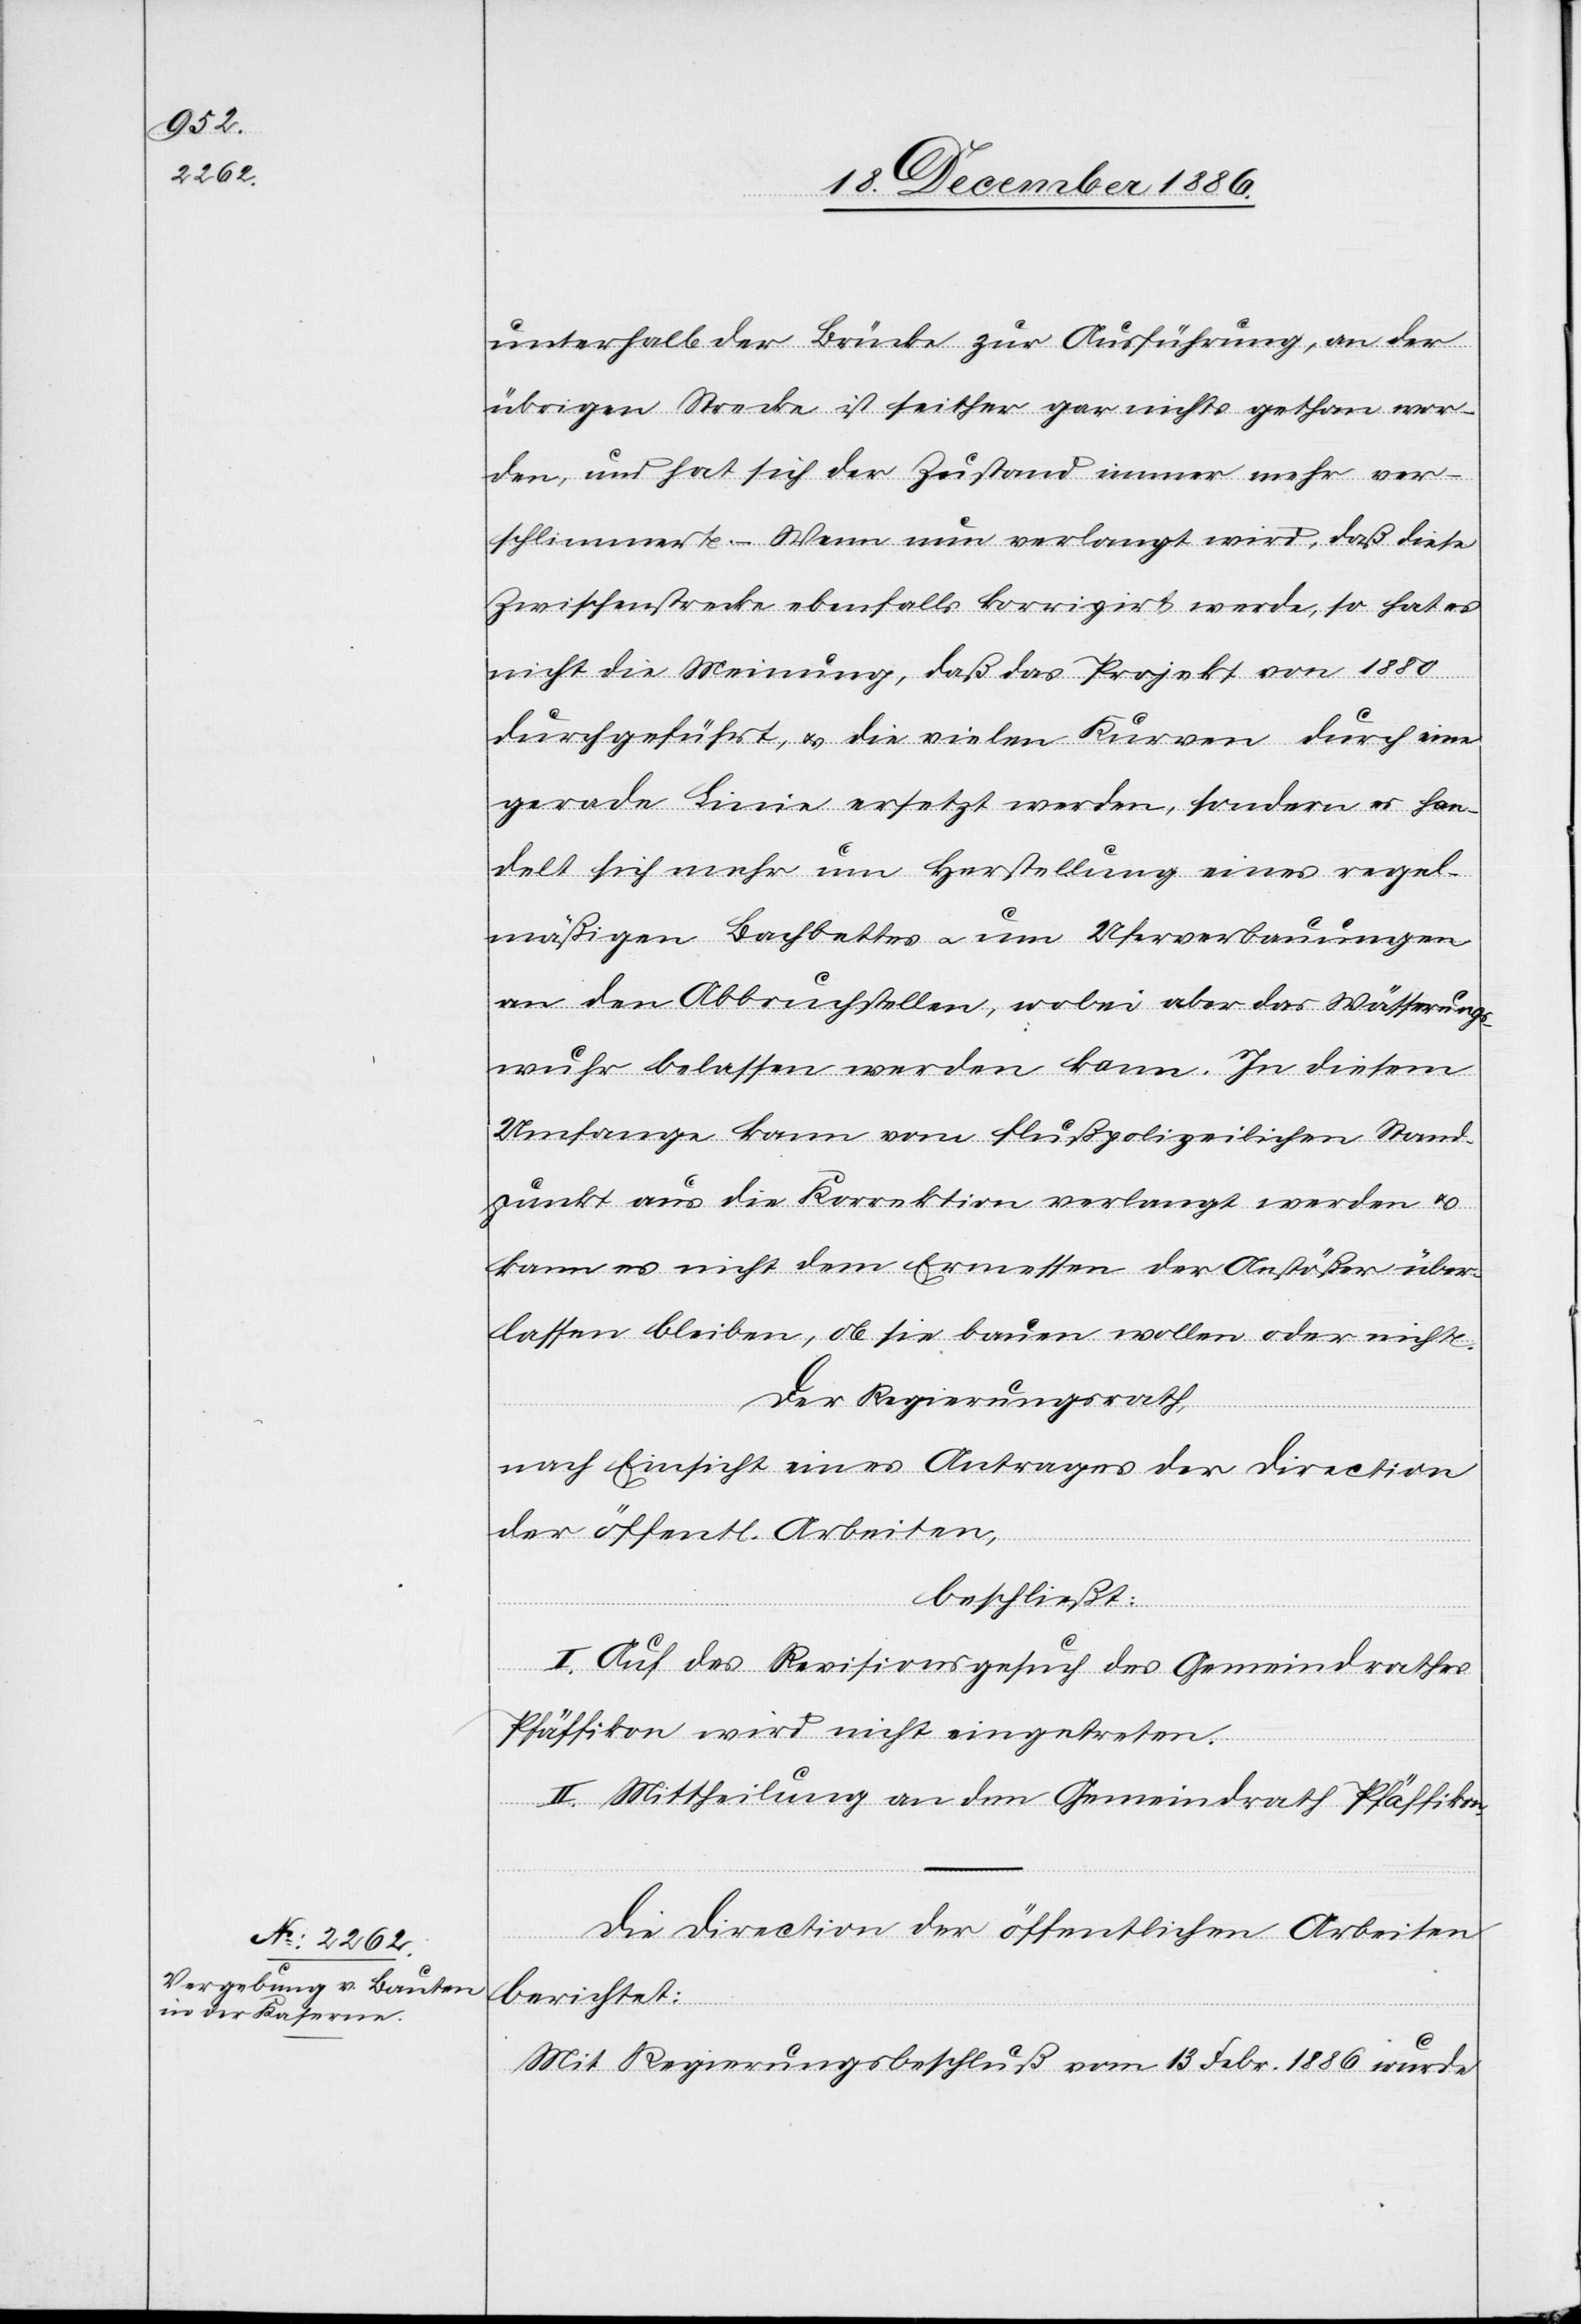
unterhalb der Brücke zur Ausführung, an der
übrigen Strecke ist seither gar nichts gethan wor¬
den, und hat sich der Zustand immer mehr ver¬
schlimmert. Wenn nun verlangt wird, daß diese
Zwischenstrecke ebenfalls korrigirt werde, so hat es
nicht die Meinung, daß das Projekt von 1880
durchgeführt, & die vielen Kurven durch eine
gerade Linie ersetzt werden, sondern es han¬
delt sich mehr um Herstellung eines regel¬
mäßigen Bachbettes & um Uferverbauungen
an den Abbruchstellen, wobei aber das Wässerungs¬
wuhr belassen werden kann. In diesem
Umfange kann vom flußpolizeilichen Stand¬
punkt aus die Korrektion verlangt werden &
kann es nicht dem Ermessen der Anstößer über¬
lassen bleiben, ob sie bauen wollen oder nicht.
Der Regierungsrath,
nach Einsicht eines Antrages der Direction
der öffentl. Arbeiten,
beschließt:
I. Auf das Revisionsgesuch des Gemeindrathes
Pfäffikon wird nicht eingetreten.
II. Mittheilung an den Gemeindrath Pfäffikon.
Die Direction der öffentlichen Arbeiten
berichtet:
Mit Regierungsbeschluß vom 13. Febr. 1886 wurde